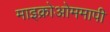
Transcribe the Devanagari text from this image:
माइक्रोओममापी